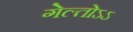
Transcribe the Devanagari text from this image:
गेल्तोऽऽ